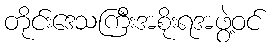
တိုင်းဒေသကြီးအစိုးရအဖွဲ့ဝင်